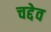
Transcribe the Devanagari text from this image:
चद्देव